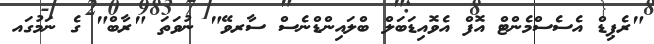
"ރެޕިޑް އެސެސްމެންޓް އޮފް އެވޮއިޑަބަލް ބްލައިންޑްނެސް ސާރވޭ" ނުވަތަ "ރާބް" ގެ ނަމުގައ